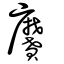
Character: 黂